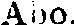
Åbo.